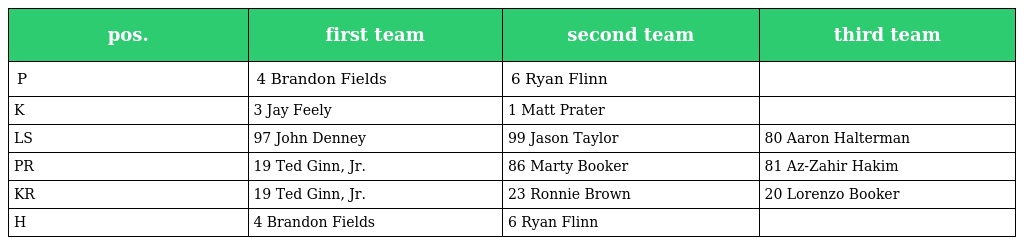
| pos. | first team | second team | third team |
 | --- | --- | --- | --- |
 | P | 4 Brandon Fields | 6 Ryan Flinn |  |
 | K | 3 Jay Feely | 1 Matt Prater |  |
 | LS | 97 John Denney | 99 Jason Taylor | 80 Aaron Halterman |
 | PR | 19 Ted Ginn, Jr. | 86 Marty Booker | 81 Az-Zahir Hakim |
 | KR | 19 Ted Ginn, Jr. | 23 Ronnie Brown | 20 Lorenzo Booker |
 | H | 4 Brandon Fields | 6 Ryan Flinn |  |